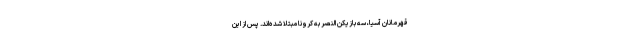
قهرمانان آسیا، سه بازیکن النصر به کرونا مبتلا شده‌اند. پس از این